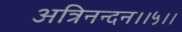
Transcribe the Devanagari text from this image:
अत्रिनन्‍दन।।५।।